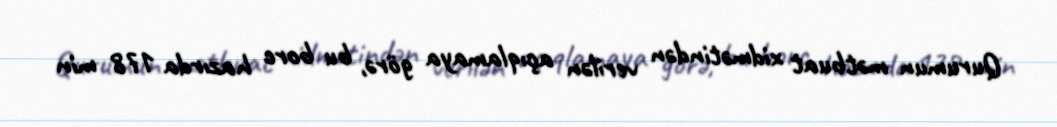
Qurumun mətbuat xidmətindən verilən açıqlamaya görə, bu borc hazırda 178 min